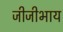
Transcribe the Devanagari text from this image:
जीजीभाय